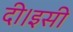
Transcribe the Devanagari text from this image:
दी।इसी